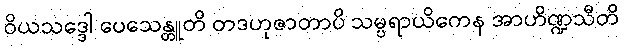
ဝိယသဒ္ဒေါ ပေသေန္တူတိ တဒဟုဇာတာပိ သမ္ပရာယိကေန အာဟိဏ္ဍသီတိ